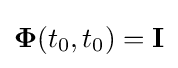
\mathbf {\Phi } (t_{0},t_{0})=\mathbf {I}